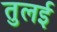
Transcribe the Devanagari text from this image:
तुलई